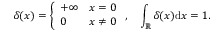
\delta ( x ) = \left\{ \begin{array} { l l } { + \infty } & { x = 0 } \\ { 0 } & { x \neq 0 } \end{array} \right. , \quad \int _ { \mathbb { R } } \delta ( x ) \mathrm { d } x = 1 .